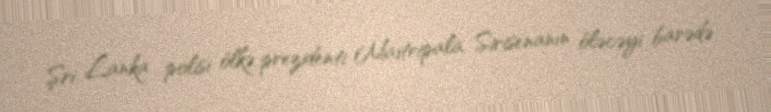
Şri Lanka polisi ölkə prezidenti Maitripala Sirisenanın öləcəyi barədə